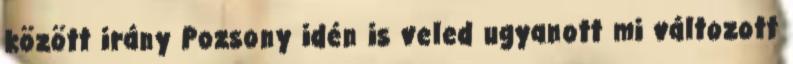
között irány Pozsony idén is veled ugyanott mi változott